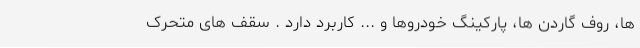
ها، روف گاردن ها، پارکینگ خودروها و ... کاربرد دارد . سقف های متحرک